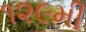
૧૨૯મી